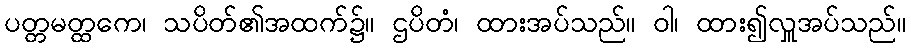
ပတ္တမတ္ထကေ၊ သပိတ်၏အထက်၌။ ဌပိတံ၊ ထားအပ်သည်။ ဝါ၊ ထား၍လှူအပ်သည်။